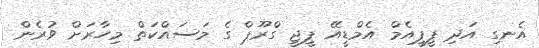
އެނގި އަދި ޕީޕީއެމް އެމްޑީއޭ ޕީޖީ ގްރޫޕް ގެ މަސައްކަތް މިހާރަށް ވުރެން